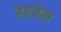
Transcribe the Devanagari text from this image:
रेहजेल